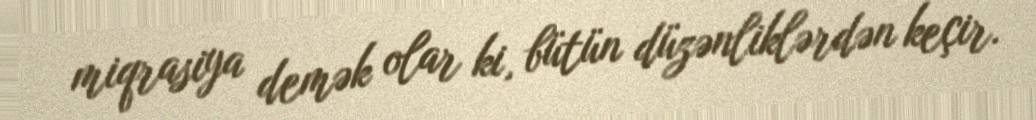
miqrasiya demək olar ki, bütün düzənliklərdən keçir.